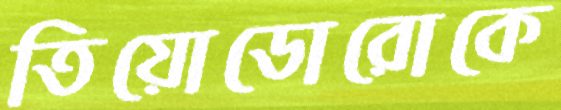
তিয়োডোরোকে